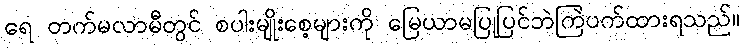
ရေ တက်မလာမီတွင် စပါးမျိုးစေ့များကို မြေယာမပြုပြင်ဘဲကြဲပက်ထားရသည်။